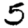
Digit: 5